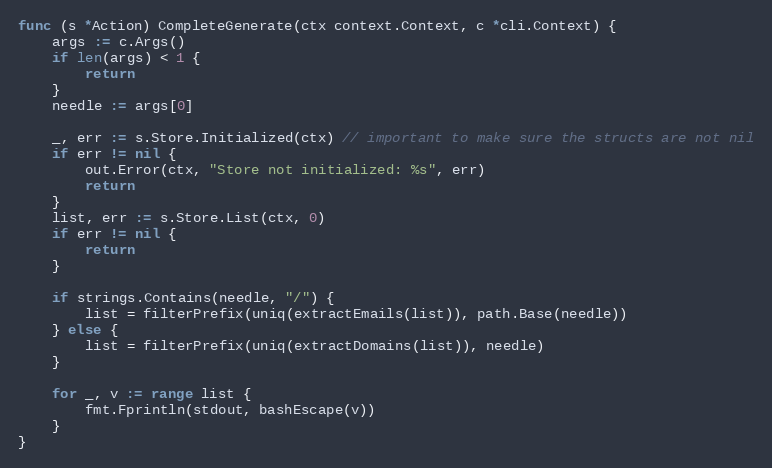
Language: Go
func (s *Action) CompleteGenerate(ctx context.Context, c *cli.Context) {
	args := c.Args()
	if len(args) < 1 {
		return
	}
	needle := args[0]

	_, err := s.Store.Initialized(ctx) // important to make sure the structs are not nil
	if err != nil {
		out.Error(ctx, "Store not initialized: %s", err)
		return
	}
	list, err := s.Store.List(ctx, 0)
	if err != nil {
		return
	}

	if strings.Contains(needle, "/") {
		list = filterPrefix(uniq(extractEmails(list)), path.Base(needle))
	} else {
		list = filterPrefix(uniq(extractDomains(list)), needle)
	}

	for _, v := range list {
		fmt.Fprintln(stdout, bashEscape(v))
	}
}